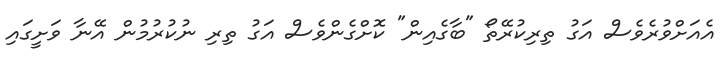
އެއަށްވުރެވެސް އަގު ތިރިކުރޭތޯ "ބާގެއިން" ކޮށްގެންވެސް އަގު ތިރި ނުކުރުމުން އޭނާ ވަށީގައި